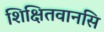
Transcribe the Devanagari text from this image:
शिक्षितवानसि